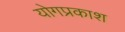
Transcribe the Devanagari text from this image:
योगप्रकाश